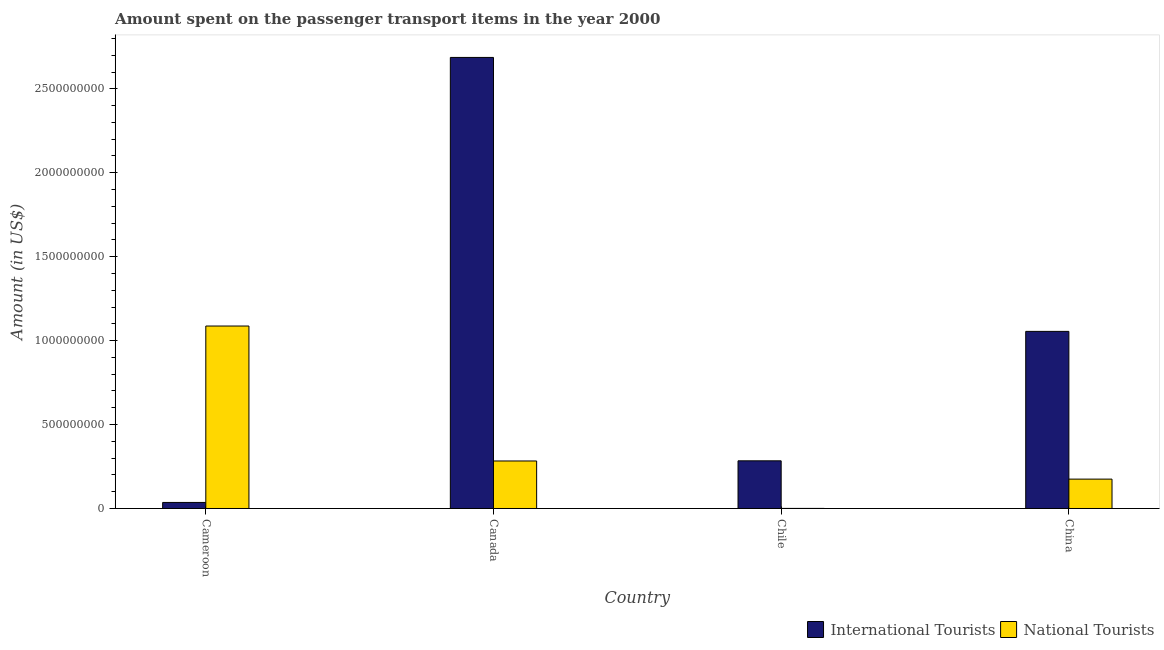
| Country | International Tourists | National Tourists |
 | --- | --- | --- |
 | Cameroon | 3.6e+07 | 1.09e+09 |
 | Canada | 2.69e+09 | 2.83e+08 |
 | Chile | 2.84e+08 | 4e+05 |
 | China | 1.06e+09 | 1.75e+08 |